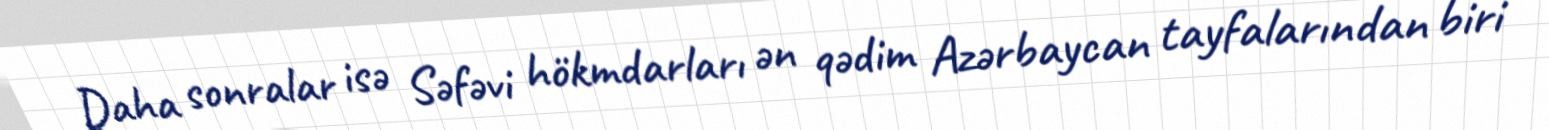
Daha sonralar isə Səfəvi hökmdarları ən qədim Azərbaycan tayfalarından biri